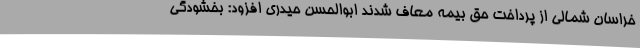
خراسان شمالی از پرداخت حق بیمه معاف شدند ابوالحسن حیدری افزود: بخشودگی